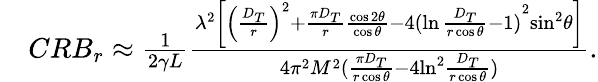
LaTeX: \begin{array}{rl}&{CR{B_{r}}\approx\frac{1}{{2\gamma L}}\frac{{{\lambda^{2}}\left[{{{\left({\frac{{{D_{T}}}}{r}}\right)}^{2}}+\frac{\pi{{D_{T}}}}{r}\frac{{\cos 2\theta}}{{\cos\theta}}-4{{({\ln\frac{{{D_{T}}}}{{r\cos\theta}}-1})}^{2}}}{{\sin}^{2}}\theta\right]}}{{4{\pi^{2}}M^{2}({\frac{{\pi{D_{T}}}}{{r\cos\theta}}-4{{\ln}^{2}}\frac{{{D_{T}}}}{{r\cos\theta}}})}}.}\end{array}